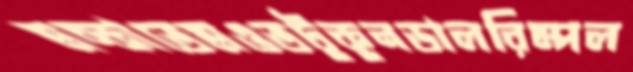
মচ্‌কাতেমওতটুকুনডালরিম্পল